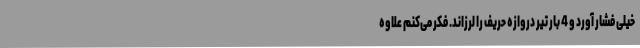
خیلی فشار آورد و 4 بار تیر دروازه حریف را لرزاند. فکر می‌کنم علاوه